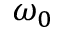
\omega _ { 0 }